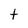
Character: t